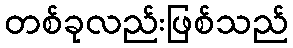
တစ်ခုလည်းဖြစ်သည်